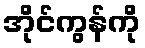
အိုင်ကွန်ကို